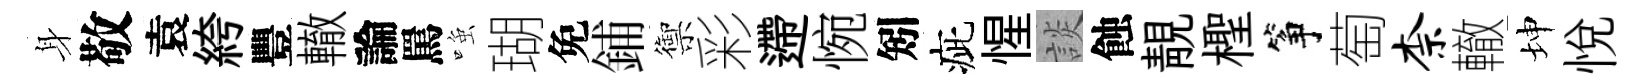
身敬袁絝豐轍論罵𫪻瑚免鋪禦彩遰惋矧疵惺談蝕靚檉筝萄柰轍坤悦